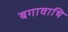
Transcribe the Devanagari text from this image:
बगावाथि